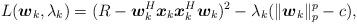
LaTeX: \begin{align*}L(\boldsymbol{w}_k,\lambda_k)= (R - \boldsymbol{w}_k^H\boldsymbol{x}_k\boldsymbol{x}_k^H\boldsymbol{w}_k )^2-\lambda_k (\|\boldsymbol{w}_k\|_p^p-c),\end{align*}